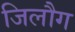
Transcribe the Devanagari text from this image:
जिलौग